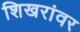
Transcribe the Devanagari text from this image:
शिखरांवर